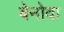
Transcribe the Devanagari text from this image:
बेनोवा